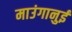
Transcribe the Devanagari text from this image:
माउंगानुई